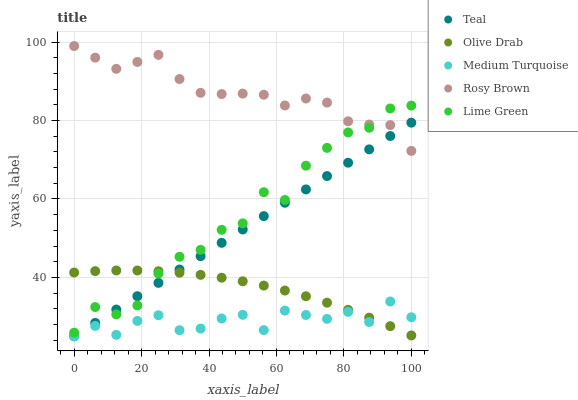
| xaxis_label | Teal | Olive Drab | Medium Turquoise | Rosy Brown | Lime Green |
 | --- | --- | --- | --- | --- | --- |
 | 0 | 25 | 41.2 | 25 | 99 | 25.9 |
 | 6.25 | 28.4 | 41.6 | 27.6 | 96 | 32.4 |
 | 12.5 | 31.8 | 41.8 | 25.4 | 93.2 | 30.6 |
 | 18.8 | 35.2 | 41.8 | 28.9 | 94.9 | 32.9 |
 | 25 | 38.6 | 41.6 | 30.4 | 96.7 | 41 |
 | 31.2 | 42 | 41.2 | 26.5 | 90.6 | 45.3 |
 | 37.5 | 45.4 | 40.7 | 27 | 87.1 | 47 |
 | 43.8 | 48.8 | 39.9 | 29.5 | 86.7 | 52.1 |
 | 50 | 52.2 | 39 | 30.5 | 86.9 | 53.8 |
 | 56.2 | 55.6 | 37.9 | 26.6 | 86.6 | 61.7 |
 | 62.5 | 59 | 36.6 | 31.5 | 83.8 | 59.7 |
 | 68.8 | 62.4 | 35.2 | 30.4 | 85.6 | 68.5 |
 | 75 | 65.8 | 33.6 | 29.4 | 84.6 | 73 |
 | 81.2 | 69.2 | 31.7 | 31.2 | 79.8 | 77 |
 | 87.5 | 72.6 | 29.7 | 28.6 | 79 | 78.2 |
 | 93.8 | 76.1 | 27.6 | 33.9 | 78.8 | 83.1 |
 | 100 | 79.5 | 25.2 | 29.8 | 72.3 | 83.8 |